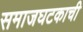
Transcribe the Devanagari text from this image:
समाजघटकाची